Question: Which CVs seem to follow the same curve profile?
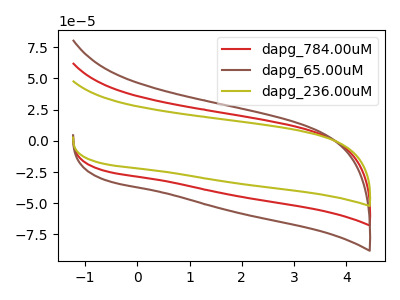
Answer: <think>The red curve "dapg_784.00uM" has no peaks. The brown curve "dapg_65.00uM" has no peaks. The olive curve "dapg_236.00uM" has no peaks.
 Neither "dapg_784.00uM" or "dapg_65.00uM" have any peaks. Neither "dapg_784.00uM" or "dapg_236.00uM" have any peaks. Neither "dapg_65.00uM" or "dapg_236.00uM" have any peaks.</think>
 <answer>"dapg_236.00uM", "dapg_784.00uM" and "dapg_65.00uM" have the same shape and are likely CV's of the same chemical.</answer>
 <eval>"dapg_236.00uM" "dapg_784.00uM" "dapg_65.00uM"</eval>